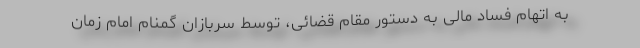
به اتهام فساد مالی به دستور مقام قضائی، توسط سربازان گمنام امام زمان